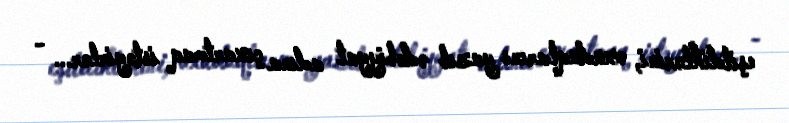
eşitdiklərini, oxuduqlarını yazıb ədəbiyyat adına çıxartmaq istəyirlər... -